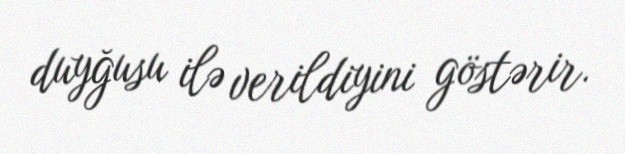
duyğusu ilə verildiyini göstərir.